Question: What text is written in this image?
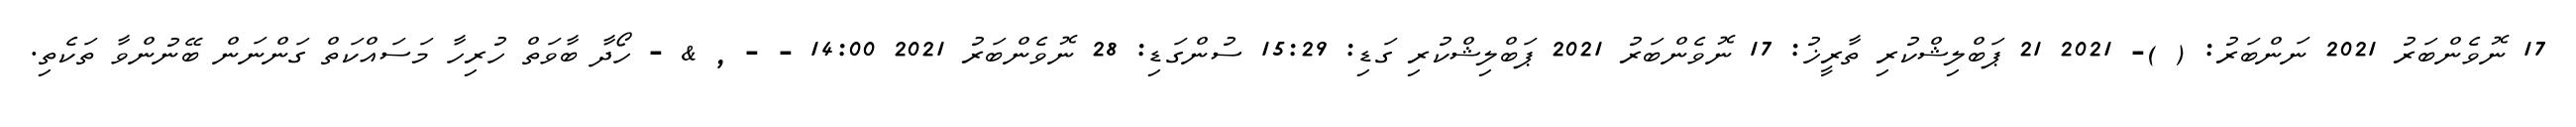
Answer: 17 ނޮވެންބަރު 2021 ނަންބަރު: ( )- 2021 21 ޕަބްލިޝްކުރި ތާރީޚު: 17 ނޮވެންބަރު 2021 ޕަބްލިޝްކުރި ގަޑި: 15:29 ސުންގަޑި: 28 ނޮވެންބަރު 2021 14:00 - - , & - ހޯދާ ބާވަތް ހުރިހާ މަސައްކަތް ގަންނަން ބޭނުންވާ ތަކެތި.